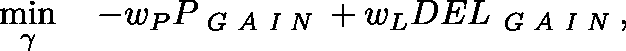
\operatorname* { m i n } _ { \mathbf { \gamma } } \quad - w _ { P } P _ { \textit { G A I N } } + w _ { L } D E L _ { \textit { G A I N } } ,